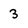
Character: 3